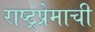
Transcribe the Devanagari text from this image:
राष्ट्रप्रेमाची